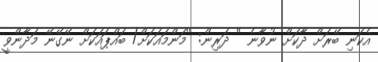
އެކަނި ބޭރަށް ދާކަށް ނުވާނެ '' ދަރިން: ''މަންމައަކަށް/ ބައްޕައަކަށް ނޭގޭނޭ މަދާންވީ